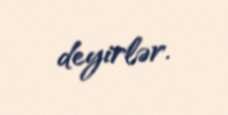
deyirlər.